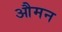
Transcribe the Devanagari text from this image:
औमन